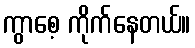
ကွာစေ့ ကိုက်နေတယ်။